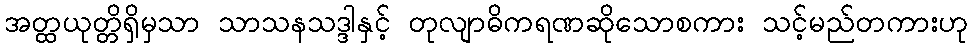
အတ္ထယုတ္တိရှိမှသာ သာသနသဒ္ဒါနှင့် တုလျာဓိကရဏဆိုသောစကား သင့်မည်တကားဟု